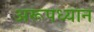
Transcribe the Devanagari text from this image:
अरूपध्यान